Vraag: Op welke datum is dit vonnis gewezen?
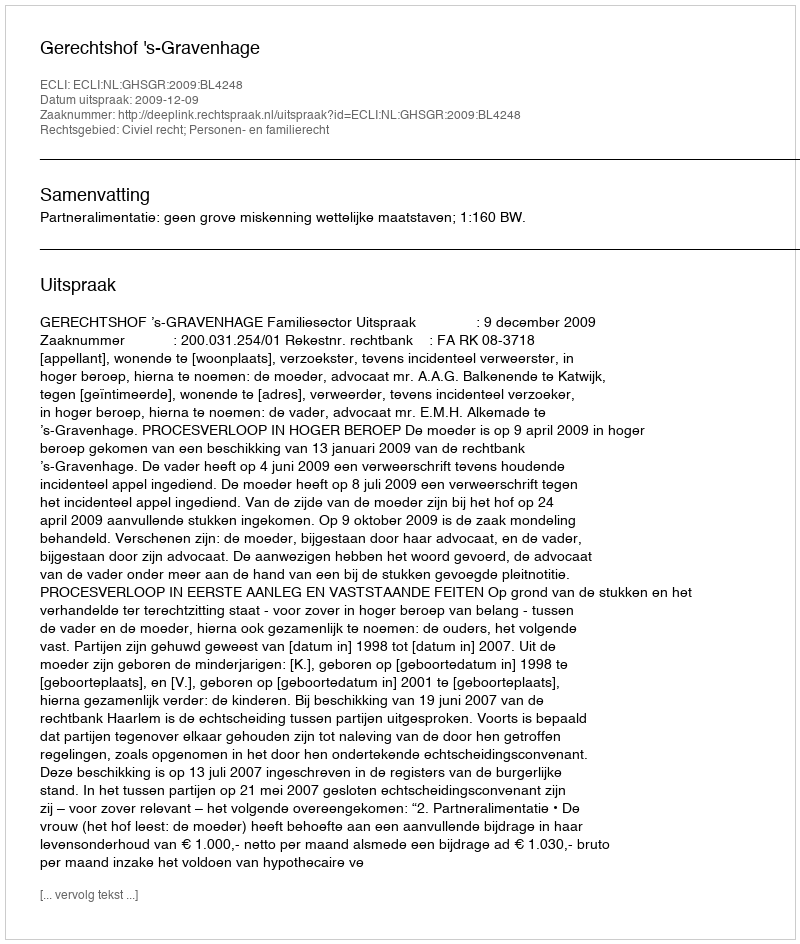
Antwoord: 2009-12-09